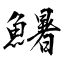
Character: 鱪